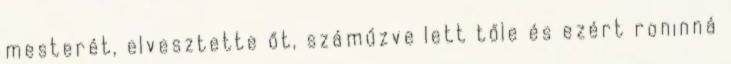
mesterét, elvesztette őt, száműzve lett tőle és ezért roninná